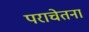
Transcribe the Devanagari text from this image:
पराचेतना